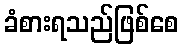
ခံစားရသည်ဖြစ်စေ